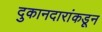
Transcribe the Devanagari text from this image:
दुकानदारांकडून